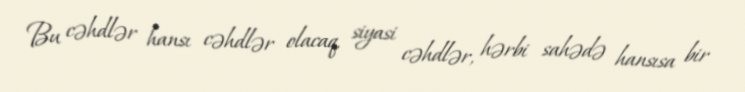
Bu cəhdlər hansı cəhdlər olacaq, siyasi cəhdlər, hərbi sahədə hansısa bir